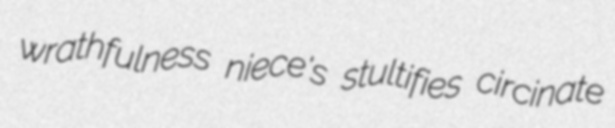
wrathfulness niece's stultifies circinate